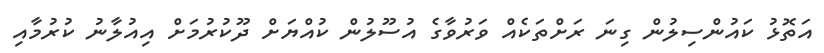
އަތޮޅު ކައުންސިލުން ގިނަ ރަށްތަކެއް ވަރުވާގެ އުސޫލުން ކުއްޔަށް ދޫކުރުމަށް އިއުލާނު ކުރުމާއި